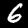
Label: 6